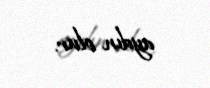
aydın olur.